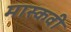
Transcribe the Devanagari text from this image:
मास्कवी